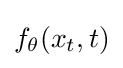
f_{\theta }(x_{t},t)